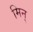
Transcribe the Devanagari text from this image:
मिन्‌